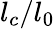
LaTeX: l_{c}/l_{0}